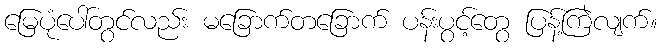
မြေပုံပေါ်တွင်လည်း မခြောက်တခြောက် ပန်းပွင့်တွေ ပြန့်ကြဲလျက်။